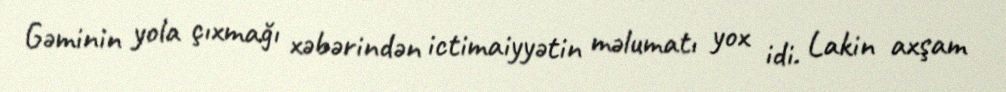
Gəminin yola çıxmağı xəbərindən ictimaiyyətin məlumatı yox idi. Lakin axşam